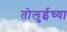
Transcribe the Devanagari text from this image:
तोलुईच्या